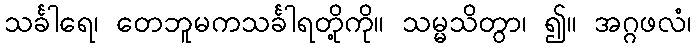
သင်္ခါရေ၊ တေဘူမကသင်္ခါရတို့ကို။ သမ္မသိတွာ၊ ၍။ အဂ္ဂဖလံ၊